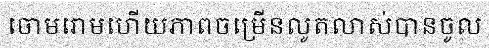
ចោមរោមហើយភាពចម្រើនលូតលាស់បានចូល